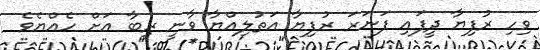
ވިހި ރުފިޔާ ދީފައި ފަނަރަ ރުފިޔާ އަތުލިއްޔާ ވާނީ ރިބާ އަށް ހެއްޔެވެ